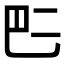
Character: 𠄧